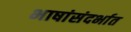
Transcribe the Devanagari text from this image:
भाषांसंदर्भात